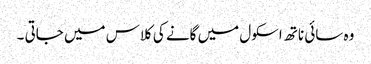
وہ سائی ناتھ اسکول میں گانے کی کلاس میں جاتی ۔